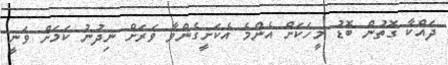
ދައްކާ ގޮތުން ބޮޑު މީހަކަށް އެންމެ އެކަށީގެންވާ ވަރަށް ނިދުނު ކަމަށް ވަނީ